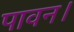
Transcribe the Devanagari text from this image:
पावन।